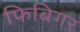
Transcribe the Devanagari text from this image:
फिबिगर